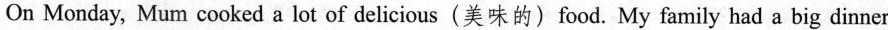
On Monday, Mum cooked a lot of delicious(美味的)food. My family had a big dinner